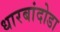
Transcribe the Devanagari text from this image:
धारबांदोडा